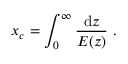
x _ { c } = \int _ { 0 } ^ { \infty } \frac { \mathrm { d } z } { E ( z ) } \, \, .